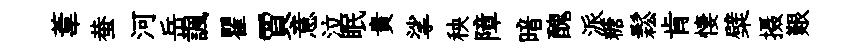
葦蛬河岳諷瞿賈意泣眠貴挲秧障暗醜派糖鬆肯悽檗摄艱